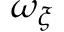
\omega _ { \xi }